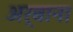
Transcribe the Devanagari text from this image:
अर्बाना